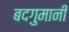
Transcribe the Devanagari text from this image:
बदगुमानी